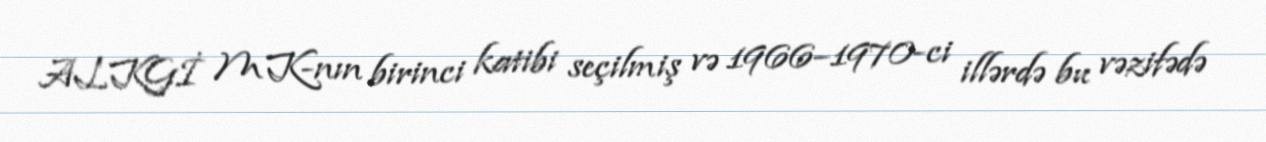
ALKGİ MK-nın birinci katibi seçilmiş və 1966–1970-ci illərdə bu vəzifədə